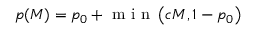
p ( M ) = p _ { 0 } + \textrm { m i n } \left( c M , 1 - p _ { 0 } \right)